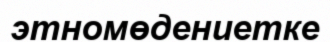
этномөдениетке